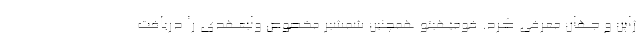
ژاپن و جهان معرفی کرد. فومیهیتو همچنین شمشیر مخصوص ولیعهدی را دریافت